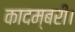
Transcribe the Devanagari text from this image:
कादम्बरी।